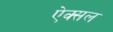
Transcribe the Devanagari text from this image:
ऐक्सल